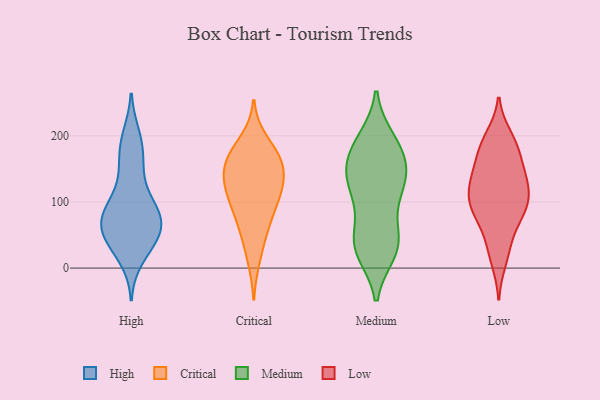
{"axis": {"x": "Conversion Rate (%)", "y": "Value"}, "legend": ["Critical", "High", "Low", "Medium"], "data": [{"x": "", "y": 78, "type": "High"}, {"x": "", "y": 59, "type": "High"}, {"x": "", "y": 63, "type": "High"}, {"x": "", "y": 51, "type": "High"}, {"x": "", "y": 33, "type": "High"}, {"x": "", "y": 103, "type": "High"}, {"x": "", "y": 82, "type": "High"}, {"x": "", "y": 76, "type": "High"}, {"x": "", "y": 50, "type": "High"}, {"x": "", "y": 154, "type": "High"}, {"x": "", "y": 36, "type": "High"}, {"x": "", "y": 16, "type": "High"}, {"x": "", "y": 145, "type": "High"}, {"x": "", "y": 178, "type": "High"}, {"x": "", "y": 199, "type": "High"}, {"x": "", "y": 88, "type": "High"}, {"x": "", "y": 191, "type": "High"}, {"x": "", "y": 63, "type": "High"}, {"x": "", "y": 99, "type": "High"}, {"x": "", "y": 14, "type": "Critical"}, {"x": "", "y": 109, "type": "Critical"}, {"x": "", "y": 192, "type": "Critical"}, {"x": "", "y": 117, "type": "Critical"}, {"x": "", "y": 127, "type": "Critical"}, {"x": "", "y": 162, "type": "Critical"}, {"x": "", "y": 135, "type": "Critical"}, {"x": "", "y": 102, "type": "Critical"}, {"x": "", "y": 86, "type": "Critical"}, {"x": "", "y": 172, "type": "Critical"}, {"x": "", "y": 63, "type": "Critical"}, {"x": "", "y": 53, "type": "Critical"}, {"x": "", "y": 166, "type": "Critical"}, {"x": "", "y": 144, "type": "Critical"}, {"x": "", "y": 163, "type": "Critical"}, {"x": "", "y": 173, "type": "Medium"}, {"x": "", "y": 152, "type": "Medium"}, {"x": "", "y": 27, "type": "Medium"}, {"x": "", "y": 139, "type": "Medium"}, {"x": "", "y": 42, "type": "Medium"}, {"x": "", "y": 154, "type": "Medium"}, {"x": "", "y": 127, "type": "Medium"}, {"x": "", "y": 186, "type": "Medium"}, {"x": "", "y": 128, "type": "Medium"}, {"x": "", "y": 54, "type": "Medium"}, {"x": "", "y": 113, "type": "Medium"}, {"x": "", "y": 108, "type": "Medium"}, {"x": "", "y": 185, "type": "Medium"}, {"x": "", "y": 193, "type": "Medium"}, {"x": "", "y": 39, "type": "Medium"}, {"x": "", "y": 32, "type": "Medium"}, {"x": "", "y": 25, "type": "Medium"}, {"x": "", "y": 189, "type": "Low"}, {"x": "", "y": 81, "type": "Low"}, {"x": "", "y": 142, "type": "Low"}, {"x": "", "y": 90, "type": "Low"}, {"x": "", "y": 27, "type": "Low"}, {"x": "", "y": 133, "type": "Low"}, {"x": "", "y": 198, "type": "Low"}, {"x": "", "y": 12, "type": "Low"}, {"x": "", "y": 177, "type": "Low"}, {"x": "", "y": 44, "type": "Low"}, {"x": "", "y": 139, "type": "Low"}, {"x": "", "y": 133, "type": "Low"}, {"x": "", "y": 167, "type": "Low"}, {"x": "", "y": 91, "type": "Low"}, {"x": "", "y": 77, "type": "Low"}, {"x": "", "y": 93, "type": "Low"}, {"x": "", "y": 187, "type": "Low"}, {"x": "", "y": 118, "type": "Low"}, {"x": "", "y": 102, "type": "Low"}, {"x": "", "y": 116, "type": "Low"}]}